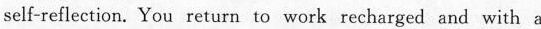
self-reflection. You return to work recharged and with a